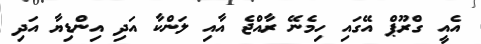
އެއީ ގްރޫޕް އޭގައި ހިމެނޭ ރާއްޖެ އާއި ލަންކާ އަދި އިންޑިޔާ އަދި